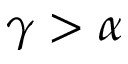
\gamma > \alpha